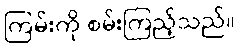
ကြမ်းကို စမ်းကြည့်သည်။